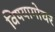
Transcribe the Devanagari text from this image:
विषयागोचर